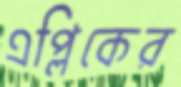
এপ্লিকের